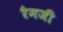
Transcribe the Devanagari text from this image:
रैमजी